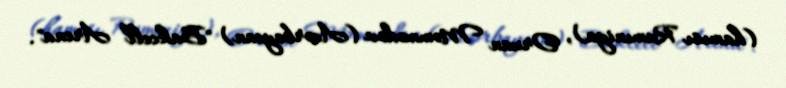
(hamısı Rumıniya), Orxan Məmmədov (Azərbaycan) "Bakcell Arena".